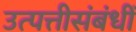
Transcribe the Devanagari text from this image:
उत्पत्तीसंबंधीं